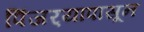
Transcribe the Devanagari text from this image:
पिंजर्‍यापासून